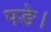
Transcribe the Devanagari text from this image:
पङे।